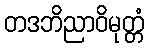
တဒဘိညာဝိမုတ္တံ